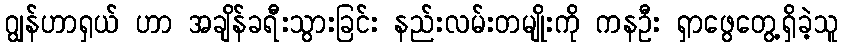
ဂျွန်ဟာရှယ် ဟာ အချိန်ခရီးသွားခြင်း နည်းလမ်းတမျိုးကို ကနဦး ရှာဖွေတွေ့ရှိခဲ့သူ